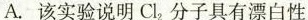
A.该实验说明Cl_{2}分子具有漂白性